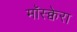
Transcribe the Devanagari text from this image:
मॉस्क्वेरा